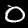
Digit: 0